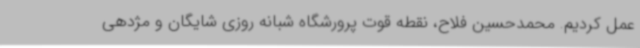
عمل کردیم. محمدحسین فلاح، نقطه قوت پرورشگاه شبانه روزی شایگان و مژدهی